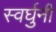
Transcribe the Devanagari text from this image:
स्वर्घुनी